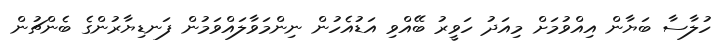
ހުލާސާ ބަޔާން އިއްވުމަށް މިއަދު ހަވީރު ބޭއްވި އަޑުއެހުން ނިންމަވާލައްވަމުން ފަނޑިޔާރުންގެ ބެންޗުން